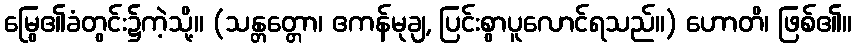
မြွေ၏ခံတွင်း၌ကဲ့သို့။ (သန္တတ္တော၊ ဧကန်မုချ, ပြင်းစွာပူလောင်ရသည်။) ဟောတိ၊ ဖြစ်၏။